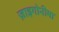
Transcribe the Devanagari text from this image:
ज़ाइगोनीमा